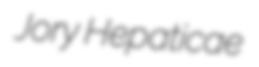
Jory Hepaticae